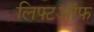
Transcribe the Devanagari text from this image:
लिफ्टऑफ